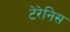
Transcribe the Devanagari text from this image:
टेरेनिस